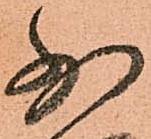
少